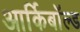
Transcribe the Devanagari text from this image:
आर्किबॉल्ड